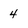
Character: 4